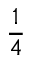
\frac { 1 } { 4 }